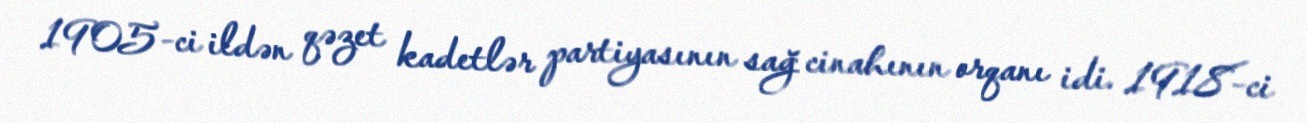
1905-ci ildən qəzet kadetlər partiyasının sağ cinahının orqanı idi. 1918-ci